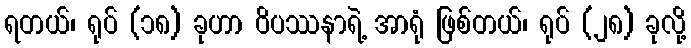
ရတယ်၊ ရုပ် (၁၈) ခုဟာ ဝိပဿနာရဲ့ အာရုံ ဖြစ်တယ်၊ ရုပ် (၂၈) ခုလို့